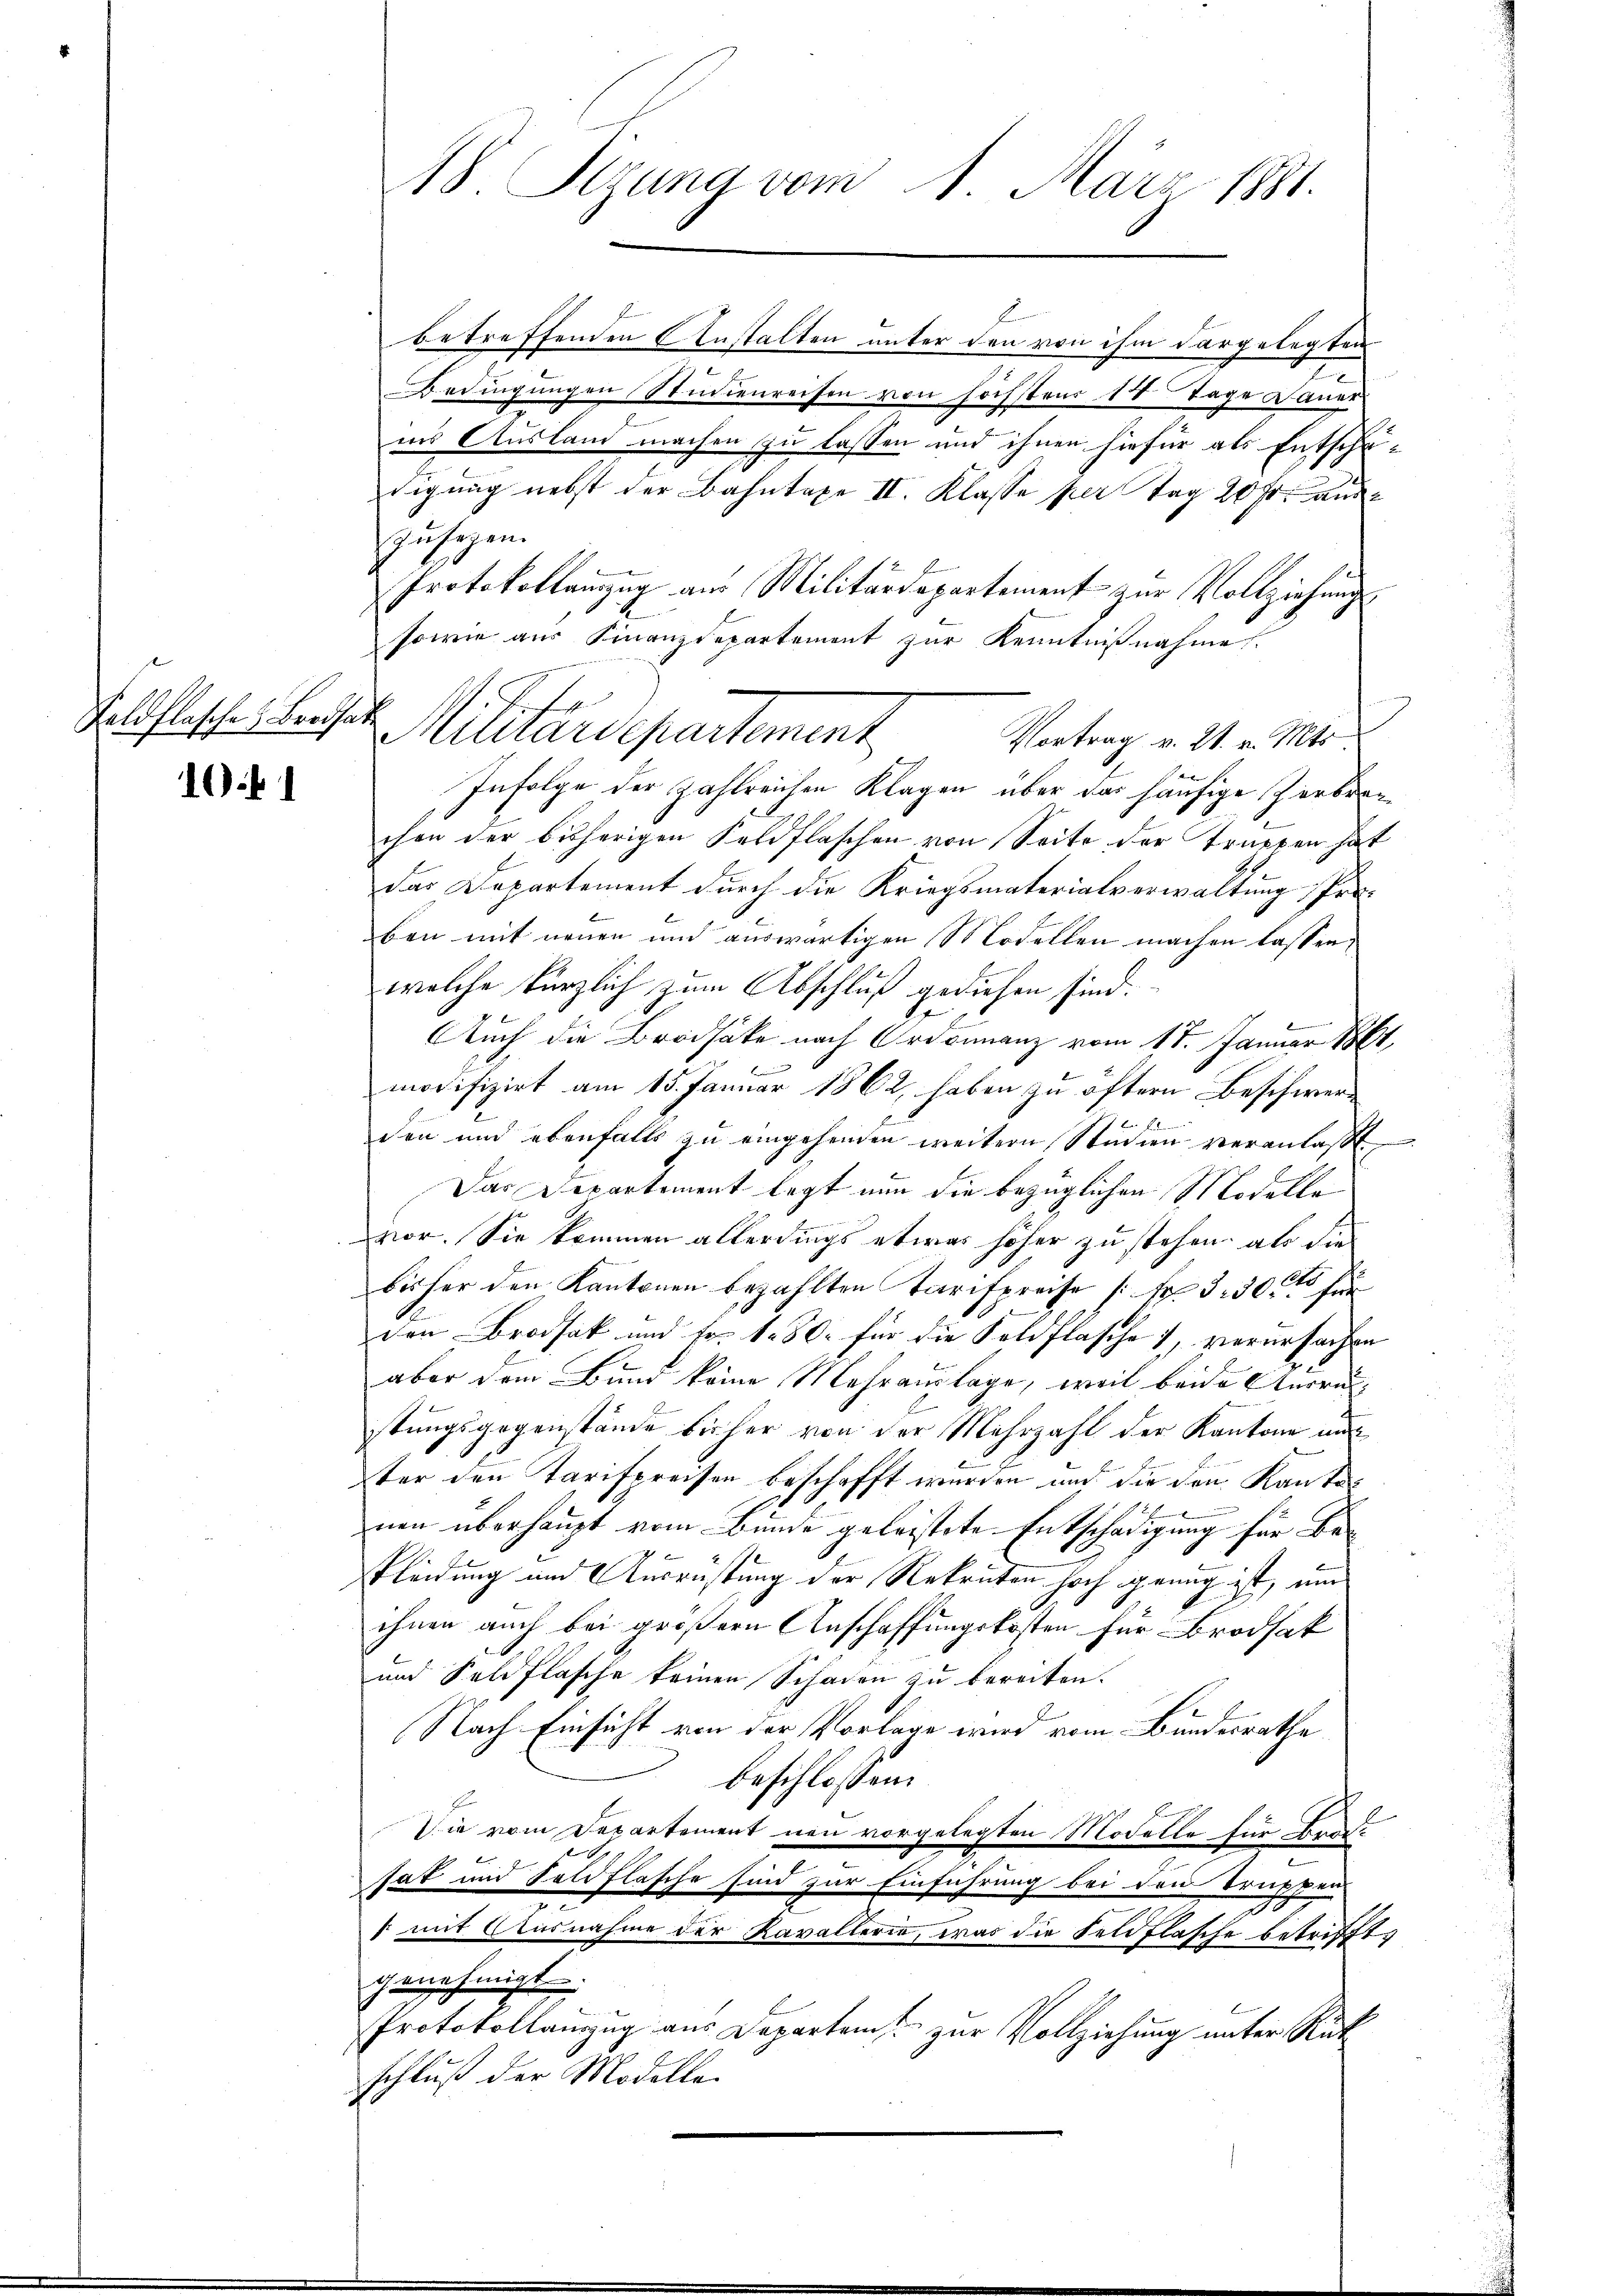
Feldflasche Brodhabe

10. 1

betreffenden Einstalten unter den von ihm dargelegten
Bedingungen Studienreisen von höchstens 14 Tage Dauer
ins Ausland machen zu lassen und ihnen hiefür als Entschädigung nebst der Bahntaxe II. Klasse per Tag 20 Fr. auszusagen.
Protokollamzug aus Militärdepartement zur Vollziehung
sowie aus Finanzdepartement zur Kenntnißnahme.
Vortrag v. 21. v. Mts.
Infolge der zahlreichen Klagen über das häufige Zerbrechen der bisherigen Feldflaschen von Seite der Truppen hat
das Departement durch die Kriegsmaterialverwaltung Proben mit neuen und auswärtigen Modellen machen lassen,
welche kürzlich zum Abschluß gediesen sind.
Auch die Brodsake nach Ordonnanz vom 17. Januar 1861,
modifizirt am 15. Januar 1862, haben zu öftern Beschwer¬
 Hel
den und ebenfalls zu eingehenden weitern Studien veranlaßt
Das Departement legt nun die bezüglichen Modellavor. Sie kommen allerdings etwas höher zu stehen, als die
bisher den Kantonen bezahlten Tarifpreise /: Fr. 330 t hu
den Brodsak und Fr. 180. für die Feldflasche 1, verursachen
aber dem Bund keine Mehrauslage, weil beide Anordstungsgegenstände bisher von der Mehrzahl der Kantone unt
ster den Tarifpreisen beschafft wurden und die den Kanton
x
nen überhaupt vom Bunde geleistete Entschädigung für Bekleidung und Ausrüstung der Rekruten hoch genug ist, und
ihnen auch bei größern Anschaffungskosten für Brodsak
und Feldflasche keinen Schaden zu bereiten.
Nach Einsicht von der Vorlage wird vom Bundesrathe
beschlossen:
in vom Departement neu vorgelegten Modelle für Bauhat und Feldflasche sind zur Einführung bei den Truppen-
[mit Ausnahme der Kavallerie, was die Feldflasche betrifft,
genehmigt.
Protokollanzug aus Departem zur Vollziehung unter Rück
schluß der Modelle.

18. Sizung vom 1. März 1881.

Militärdepartement